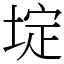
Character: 埞